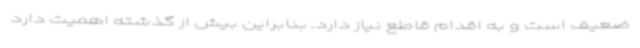
ضعیف است و به اقدام قاطع نیاز دارد. بنابراین بیش از گذشته اهمیت دارد